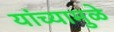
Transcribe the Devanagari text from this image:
यांच्‍यामुळे